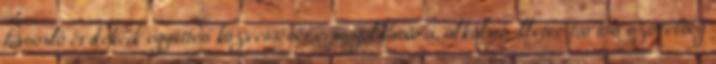
hasonló érdekeik együttes közvetítésére, megoldására, alkalmi, illetve tartós szövetség